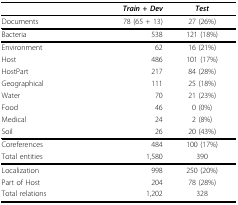
<table><thead><tr><td></td><td><b><i>Train + Dev</i></b></td><td><b><i>Test</i></b></td></tr></thead><tbody><tr><td>Documents</td><td>78 (65 + 13)</td><td>27 (26%)</td></tr><tr><td>Bacteria</td><td>538</td><td>121 (18%)</td></tr><tr><td>Environment</td><td>62</td><td>16 (21%)</td></tr><tr><td>Host</td><td>486</td><td>101 (17%)</td></tr><tr><td>HostPart</td><td>217</td><td>84 (28%)</td></tr><tr><td>Geographical</td><td>111</td><td>25 (18%)</td></tr><tr><td>Water</td><td>70</td><td>21 (23%)</td></tr><tr><td>Food</td><td>46</td><td>0 (0%)</td></tr><tr><td>Medical</td><td>24</td><td>2 (8%)</td></tr><tr><td>Soil</td><td>26</td><td>20 (43%)</td></tr><tr><td>Coreferences</td><td>484</td><td>100 (17%)</td></tr><tr><td>Total entities</td><td>1,580</td><td>390</td></tr><tr><td>Localization</td><td>998</td><td>250 (20%)</td></tr><tr><td>Part of Host</td><td>204</td><td>78 (28%)</td></tr><tr><td>Total relations</td><td>1,202</td><td>328</td></tr></tbody></table>